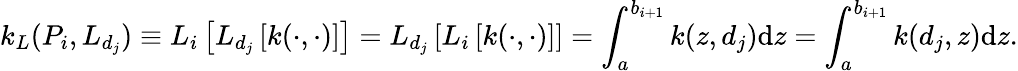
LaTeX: k_{L}(P_{i},L_{d_{j}})\equiv L_{i}\left[L_{d_{j}}\left[k(\cdot,\cdot)\right]\right]=L_{d_{j}}\left[L_{i}\left[k(\cdot,\cdot)\right]\right]=\int_{a}^{b_{i+1}}k(z,d_{j})\textrm{d}z=\int_{a}^{b_{i+1}}k(d_{j},z)\textrm{d}z.